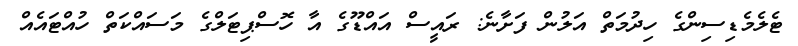
ޓެލެމެޑިސިންގެ ހިދުމަތް އަލުން ފަށާނެ: ރައީސް އައްޑޫގެ އާ ހޮސްޕިޓަލްގެ މަސައްކަތް ހުއްޓަައެއް